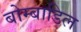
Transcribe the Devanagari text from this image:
बोम्बाडिल